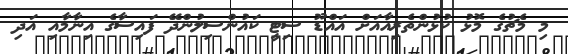
މި މެޗުގެ މޮޅު ކުޅުންތެރިއާއަށް އައްޑޫ ސިޓީ ކައުންސިލުންދޭ ފައިސާގެ އިނާމާއި އަދި